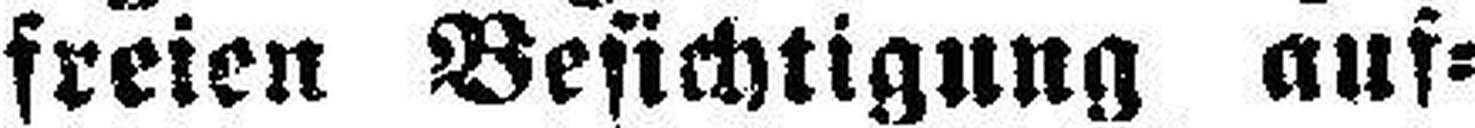
freien Besichtigung auf¬